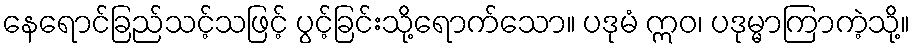
နေရောင်ခြည်သင့်သဖြင့် ပွင့်ခြင်းသို့ရောက်သော။ ပဒုမံ ဣဝ၊ ပဒုမ္မာကြာကဲ့သို့။